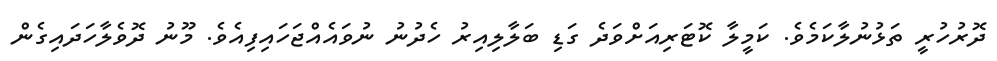
ދޮރުހުރީ ތަޅުނުލާކަމެވެ. ކަމީލާ ކޮޓަރިއަށްވަދެ ގަޑި ބަލާލިއިރު ހެދުނު ނުވައެއްޖަހައިފިއެވެ. މޫނު ދޮވެލާހަދައިގެން